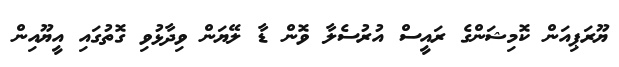
ޔޫރަޕިއަން ކޮމިޝަންގެ ރައީސް އުރުސެލާ ވޮން ޑާ ލޭޔަން ވިދާޅުވި ގޮތުގައި އީޔޫއިން